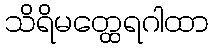
သိရိမတ္ထေရဂါထာ